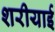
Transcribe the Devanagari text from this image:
शरीयाई